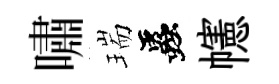
嘯瑞蟲幰